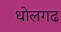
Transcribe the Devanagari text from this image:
धोलगढ